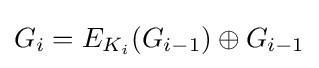
G_{i}=E_{K_{i}}(G_{i-1})\oplus G_{i-1}